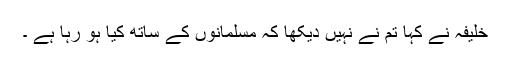
خلیفہ نے کہا تم نے نہیں دیکھا کہ مسلمانوں کے ساتھ کیا ہو رہا ہے ۔